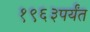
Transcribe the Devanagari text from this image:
१९६३पर्यंत